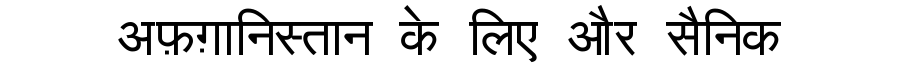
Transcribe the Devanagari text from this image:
अफ़ग़ानिस्तान के लिए और सैनिक